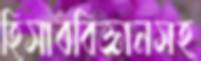
হিসাববিজ্ঞানসহ